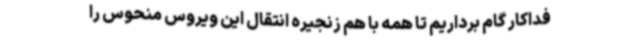
فداکار گام برداریم تا همه با هم زنجیره انتقال این ویروس منحوس را